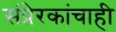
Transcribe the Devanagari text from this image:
संप्रेरकांचाही